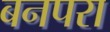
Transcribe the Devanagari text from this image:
बनपरा